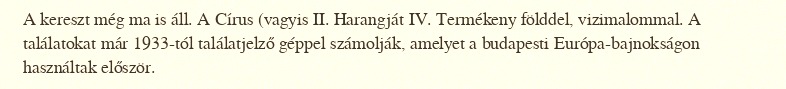
A kereszt még ma is áll. A Círus (vagyis II. Harangját IV. Termékeny földdel, vizimalommal. A találatokat már 1933-tól találatjelző géppel számolják, amelyet a budapesti Európa-bajnokságon használtak először.